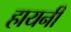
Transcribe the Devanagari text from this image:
हायनी